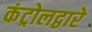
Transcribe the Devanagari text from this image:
कंट्रोलद्वारे